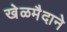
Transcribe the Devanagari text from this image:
खेळमैदाने